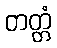
တတ္တံ